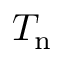
T _ { \mathrm { n } }